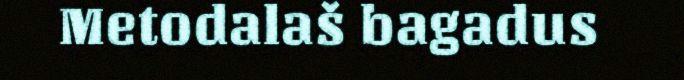
Metodalaš bagadus